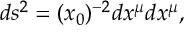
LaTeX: d s ^ { 2 } = ( x _ { 0 } ) ^ { - 2 } d x ^ { \mu } d x ^ { \mu } ,